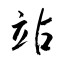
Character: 站